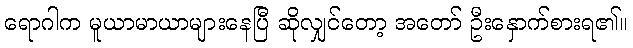
ရောဂါက မူယာမာယာများနေပြီ ဆိုလျှင်တော့ အတော် ဦးနှောက်စားရ၏။